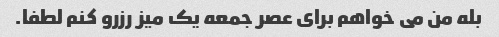
بله من می خواهم برای عصر جمعه یک میز رزرو کنم لطفا.